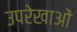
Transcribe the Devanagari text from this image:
उपरेखाओं